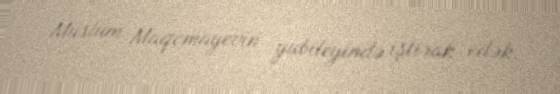
Müslüm Maqomayevin yubileyində iştirak edək.